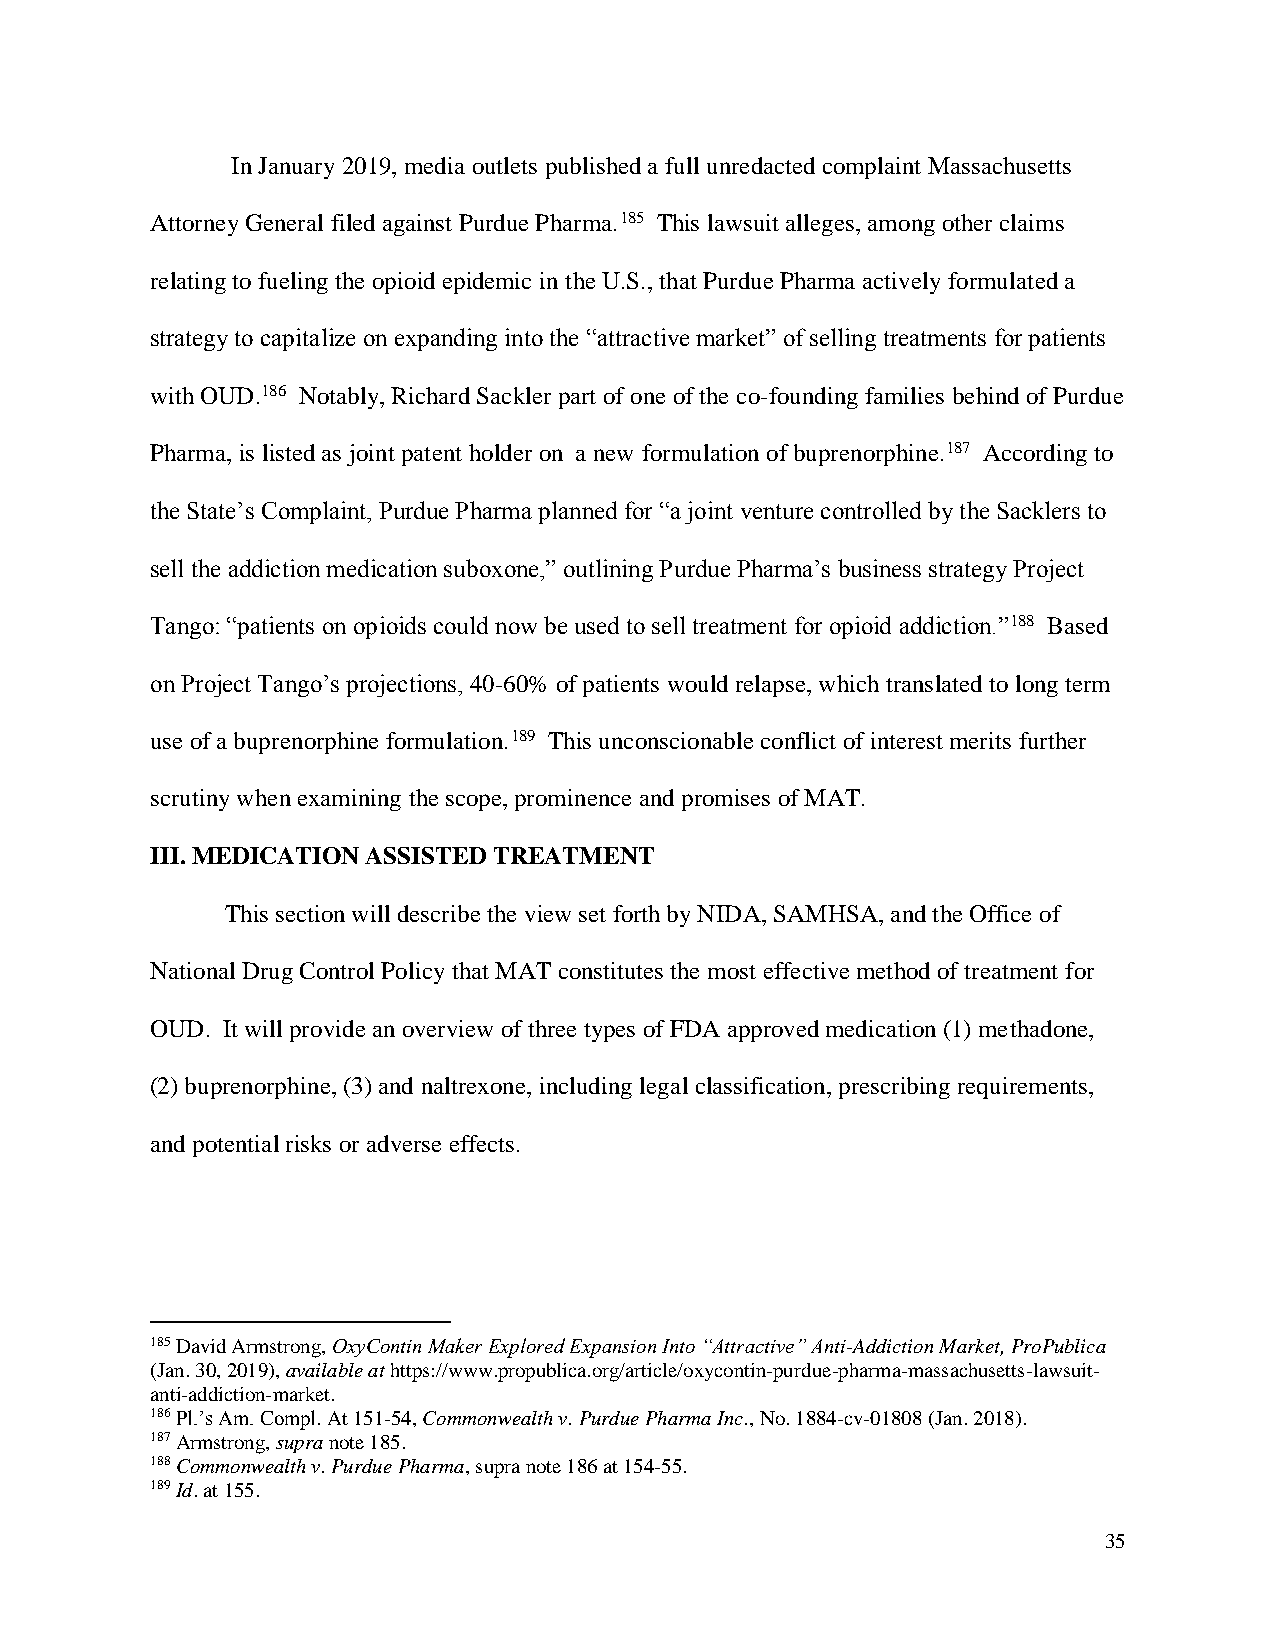
In January 2019, media outlets published a full unredacted complaint Massachusetts
 Attorney General filed against Purdue Pharma.185 This lawsuit alleges, among other claims
 relating to fueling the opioid epidemic in the U.S., that Purdue Pharma actively formulated a
 strategy to capitalize on expanding into the “attractive market” of selling treatments for patients
 with OUD.186 Notably, Richard Sackler part of one of the co-founding families behind of Purdue
 Pharma, is listed as joint patent holder on a new formulation of buprenorphine.187 According to
 the State’s Complaint, Purdue Pharma planned for “a joint venture controlled by the Sacklers to
 sell the addiction medication suboxone,” outlining Purdue Pharma’s business strategy Project
 Tango: “patients on opioids could now be used to sell treatment for opioid addiction.”188 Based
 on Project Tango’s projections, 40-60% of patients would relapse, which translated to long term
 use of a buprenorphine formulation.189 This unconscionable conflict of interest merits further
 scrutiny when examining the scope, prominence and promises of MAT.
 III. MEDICATION ASSISTED TREATMENT
 This section will describe the view set forth by NIDA, SAMHSA, and the Office of
 National Drug Control Policy that MAT constitutes the most effective method of treatment for
 OUD. It will provide an overview of three types of FDA approved medication (1) methadone,
 (2) buprenorphine, (3) and naltrexone, including legal classification, prescribing requirements,
 and potential risks or adverse effects.
 185 David Armstrong, OxyContin Maker Explored Expansion Into “Attractive” Anti-Addiction Market, ProPublica
 (Jan. 30, 2019), available at https://www.propublica.org/article/oxycontin-purdue-pharma-massachusetts-lawsuit-
 anti-addiction-market.
 186 Pl.’s Am. Compl. At 151-54, Commonwealth v. Purdue Pharma Inc., No. 1884-cv-01808 (Jan. 2018).
 187 Armstrong, supra note 185.
 188 Commonwealth v. Purdue Pharma, supra note 186 at 154-55.
 189 Id. at 155.
 35